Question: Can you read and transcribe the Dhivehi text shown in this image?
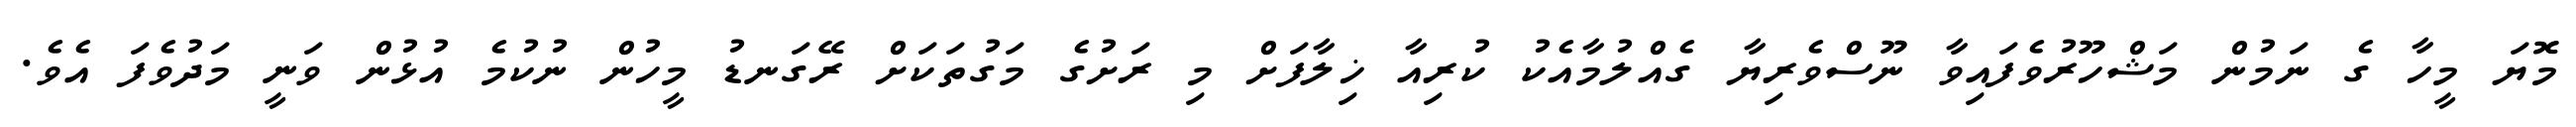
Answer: މޮޔަ މީހާ ގެ ނަމުން މަޝްހޫރުވެފައިވާ ނޫސްވެރިޔާ ގެއްލުމާއެކު ކުރިއާ ޚިލާފަށް މި ރަށުގެ މަގުތަކަށް ރޭގަނޑު މީހުން ނުކުމެ އުޅުން ވަނީ މަދުވެފަ އެވެ.